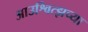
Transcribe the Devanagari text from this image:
आउश्वित्झच्या